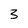
Character: 3